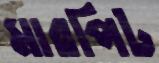
মারপিট